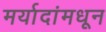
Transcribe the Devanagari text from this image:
मर्यादांमधून